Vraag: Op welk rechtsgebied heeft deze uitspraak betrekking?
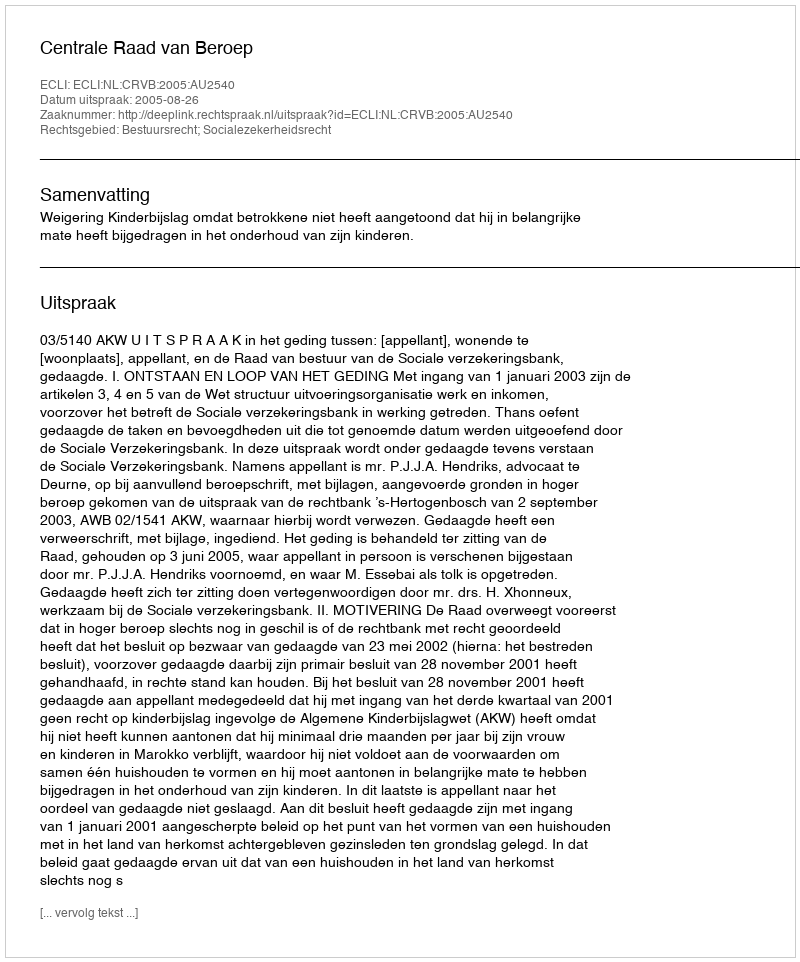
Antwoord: Bestuursrecht; Socialezekerheidsrecht